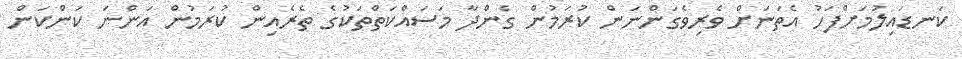
ކަނޑައިލުމަށްފަހު އެތަނަށް ވެރިވެގަންނަން ކުރަމުން ގެންދާ މަސައްކަތްތަކުގެ ތެރެއިން ކުރަމުން އަންނަ ކަންކަން